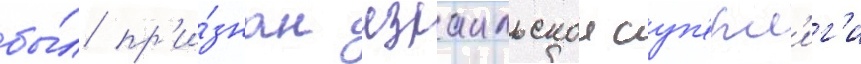
бы́л пр'и́знан израильскои суп'ерл'иг'и